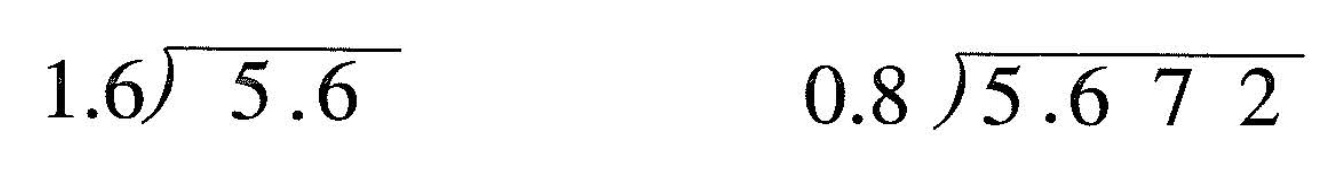
\longdiv{1.6}{5.6} \longdiv{0.8}{5.672}